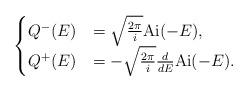
LaTeX: \begin{align*}\begin{cases}Q^{-}(E) &= \sqrt{\frac{2\pi}{i}}{\rm Ai}(-E), \\Q^{+}(E) &=- \sqrt{\frac{2\pi}{i}}\frac{d}{dE} {\rm Ai}(-E). \\\end{cases}\end{align*}